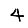
Digit: 4